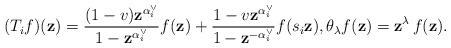
LaTeX: \begin{align*} (T_if)(\mathbf{z})= \frac{(1 - v) \mathbf{z}^{\alpha^\vee_i}}{1 -\mathbf{z}^{\alpha^\vee_i}} f (\mathbf{z}) + \frac{1 - v\mathbf{z}^{\alpha^\vee_i}}{1 -\mathbf{z}^{- \alpha^\vee_i}} f (s_i \mathbf{z}), \theta_\lambda f(\mathbf{z})=\mathbf{z}^\lambda\,f(\mathbf{z}). \end{align*}